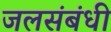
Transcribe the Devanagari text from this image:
जलसंबंधी